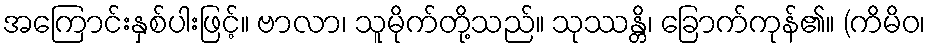
အကြောင်းနှစ်ပါးဖြင့်။ ဗာလာ၊ သူမိုက်တို့သည်။ သုဿန္တိ၊ ခြောက်ကုန်၏။ (ကိမိဝ၊